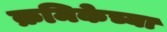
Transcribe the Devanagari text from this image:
क्रमिकेच्या